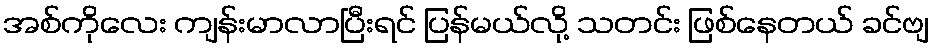
အစ်ကိုလေး ကျန်းမာလာပြီးရင် ပြန်မယ်လို့ သတင်း ဖြစ်နေတယ် ခင်ဗျ